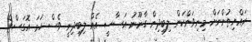
ރައްޔިތުންނަށް މިނިވަންކަން ލިބިދިން ގާނޫނު އަސާސީ އެއް ލިބިދިނީ ވެސް ހަމަ އޮގަސްޓް